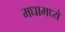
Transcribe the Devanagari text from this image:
मधामध्ये